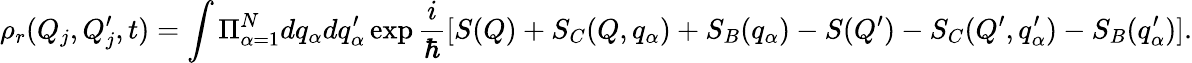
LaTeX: \rho_{r}(Q_{j},Q_{j}^{\prime},t)=\int\Pi_{\alpha=1}^{N}dq_{\alpha}dq_{\alpha}^{\prime}\exp\frac{i}{\hbar}[S(Q)+S_{C}(Q,q_{\alpha})+S_{B}(q_{\alpha})-S(Q^{\prime})-S_{C}(Q^{\prime},q_{\alpha}^{\prime})-S_{B}(q_{\alpha}^{\prime})].